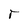
Character: r